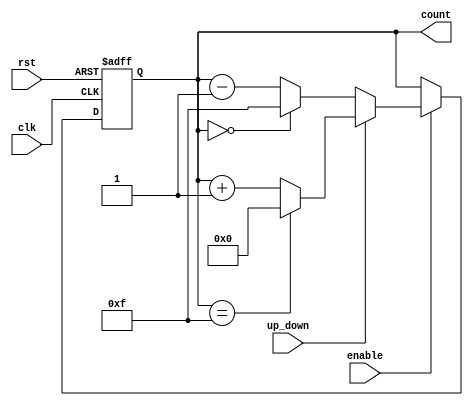
module UpDownCounter #(
    parameter WIDTH = 4 // Parameter to define the width of the counter
)(
    input wire clk,          // Clock signal
    input wire rst,          // Asynchronous reset
    input wire up_down,      // Control signal for counting direction (1 = up, 0 = down)
    input wire enable,       // Enable signal for counting
    output reg [WIDTH-1:0] count // Current count value
);

    // Asynchronous reset and counting logic
    always @(posedge clk or posedge rst) begin
        if (rst) begin
            count <= 0; // Reset count to 0
        end else if (enable) begin
            if (up_down) begin
                // Increment count with wrap-around
                count <= (count == {WIDTH{1'b1}}) ? 0 : count + 1; // Wrap around to 0 if max value reached
            end else begin
                // Decrement count with wrap-around
                count <= (count == 0) ? {WIDTH{1'b1}} : count - 1; // Wrap around to max value if going below 0
            end
        end
    end

endmodule